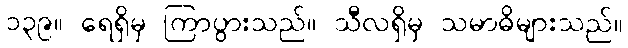
၁၃၉။ ရေရှိမှ ကြာပွားသည်။ သီလရှိမှ သမာဓိများသည်။